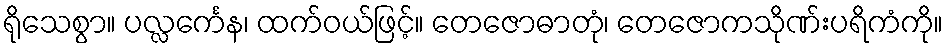
ရိုသေစွာ။ ပလ္လင်္ကေန၊ ထက်ဝယ်ဖြင့်။ တေဇောဓာတုံ၊ တေဇောကသိုဏ်းပရိကံကို။